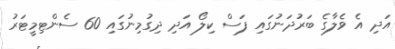
އަދި އެ ވެލާގެ ބަރުދަނުގައި ފަސް ކިލޯ އަދި ދިގުމިނުގައި 60 ސެންޓިމީޓަރު